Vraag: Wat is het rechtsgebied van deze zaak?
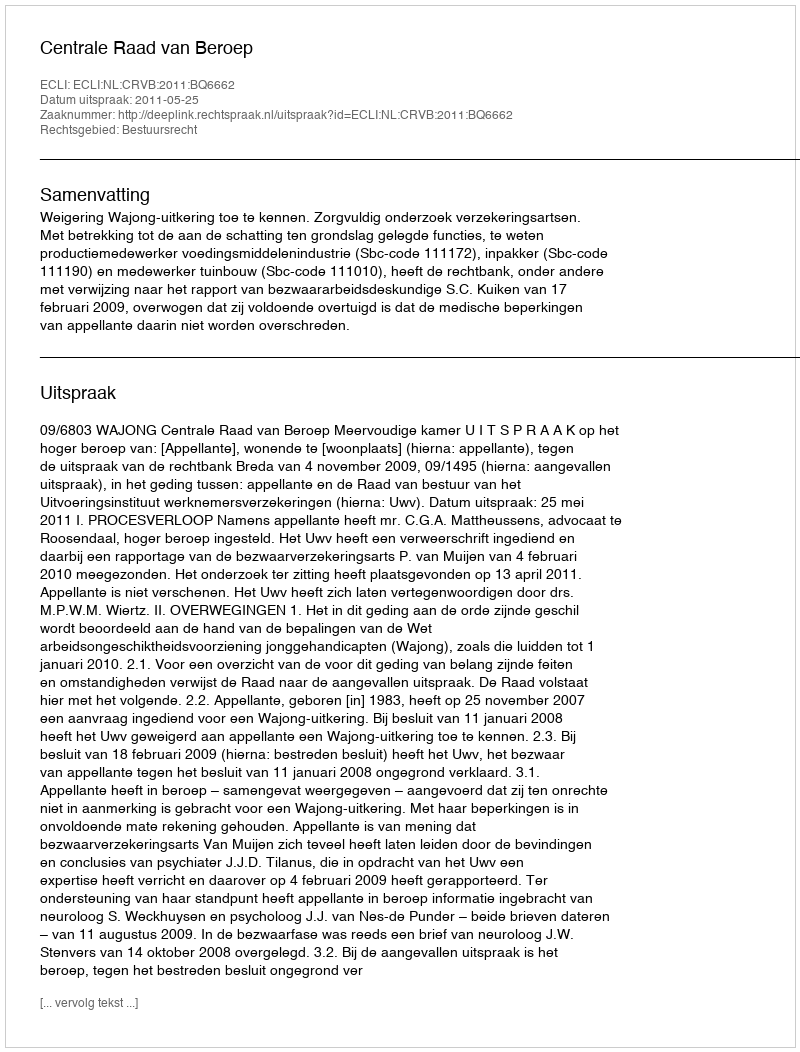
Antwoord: Bestuursrecht